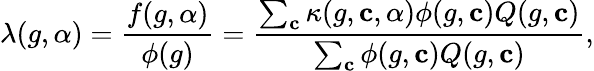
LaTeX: \lambda(g,\alpha)=\frac{f(g,\alpha)}{\phi(g)}=\frac{\sum_{\mathbf{c}}\kappa(g,\mathbf{c},\alpha)\phi(g,\mathbf{c})Q(g,\mathbf{c})}{\sum_{\mathbf{c}}\phi(g,\mathbf{c})Q(g,\mathbf{c})},